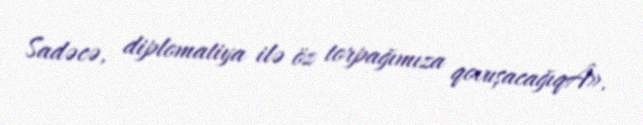
Sadəcə, diplomatiya ilə öz torpağımıza qovuşacağıqÂ».